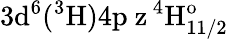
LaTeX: \mathrm{3d^{6}(^{3}H)4p\ z\, ^{4}H_{11/2}^{o}}